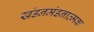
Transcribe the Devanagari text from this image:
खंडनमंडनात्मक